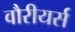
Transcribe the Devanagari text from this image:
वौरीयर्स